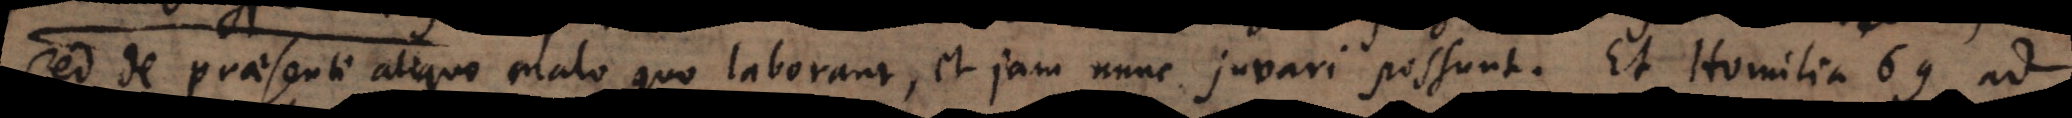
sed de praesenti aliquo malo quo laborant, et jam nunc juvari possunt. Et Homilia 69 ad